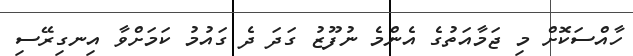
ހާއްސަކޮށް މި ޖަމާއަތުގެ އެންމެ ނުފޫޒު ގަދަ ދެ ގައުމު ކަމަށްވާ އިނގިރޭސި